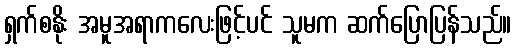
ရှက်စနိုး အမူအရာကလေးဖြင့်ပင် သူမက ဆက်ပြောပြန်သည်။